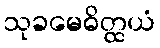
သုခမေဓိတ္ထယံ